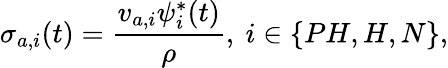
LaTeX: \sigma_{a,i}(t)=\frac{v_{a,i}\psi_{i}^{*}(t)}{\rho},\ i\in\{ PH,H,N\} ,